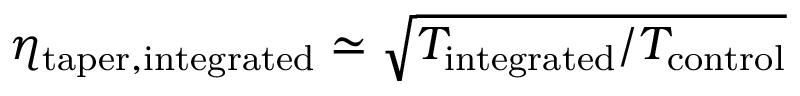
\eta _ { \mathrm { t a p e r , i n t e g r a t e d } } \simeq \sqrt { T _ { \mathrm { i n t e g r a t e d } } / T _ { \mathrm { c o n t r o l } } }